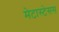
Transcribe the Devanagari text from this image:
मेटास्टेसस